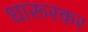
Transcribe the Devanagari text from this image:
धारूरकर